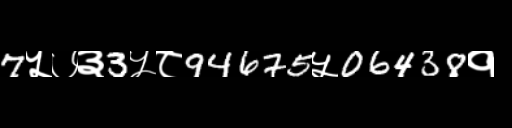
Text: 7५७३3५८94675५06438१